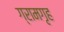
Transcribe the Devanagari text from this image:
ग्रामगृह